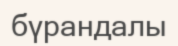
бүрандалы